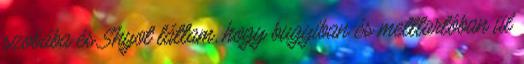
szobába és Shyot láttam, hogy bugyiban és melltartóban ül